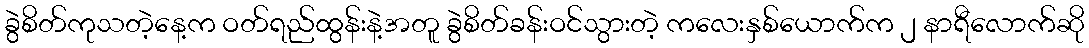
ခွဲစိတ်ကုသတဲ့နေ့က ဝတ်ရည်ထွန်းနဲ့အတူ ခွဲစိတ်ခန်းဝင်သွားတဲ့ ကလေးနှစ်ယောက်က ၂ နာရီလောက်ဆို